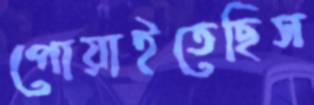
পোয়াইতেছিস